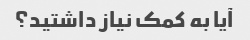
آیا به کمک نیاز داشتید؟